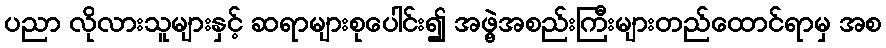
ပညာ လိုလားသူများနှင့် ဆရာများစုပေါင်း၍ အဖွဲ့အစည်းကြီးများတည်ထောင်ရာမှ အစ